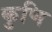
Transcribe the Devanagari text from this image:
कुणि